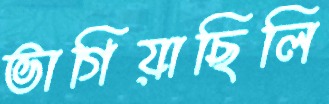
ভাগিয়াছিলি